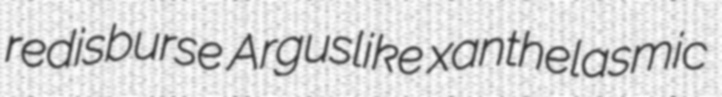
redisburse Arguslike xanthelasmic